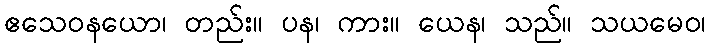
ဧသေဝနယော၊ တည်း။ ပန၊ ကား။ ယေန၊ သည်။ သယမေဝ၊